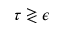
\tau \gtrless \epsilon